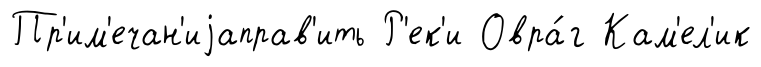
Пр'им'ечан'иjаправ'ить Р'ек'и Овра́г Кам'ел'ик